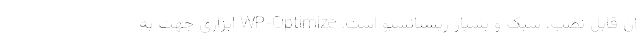
آن قابل نصب، سبک و بسیار ریسپانسیو است. WP-Optimize ابزاری جهت به